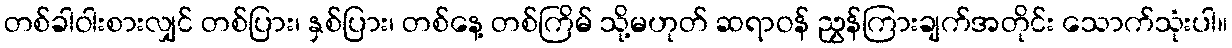
တစ်ခါဝါးစားလျှင် တစ်ပြား၊ နှစ်ပြား၊ တစ်နေ့ တစ်ကြိမ် သို့မဟုတ် ဆရာဝန် ညွှန်ကြားချက်အတိုင်း သောက်သုံးပါ။